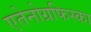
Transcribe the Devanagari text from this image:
एतेनोग्रफिस्का